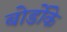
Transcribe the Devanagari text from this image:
बोर्डोके